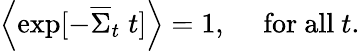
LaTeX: \left\langle{\exp[-{\overline{{\Sigma}}}_{t}\; t]}\right\rangle=1,\quad{\mathrm{~for~all~}}t.